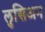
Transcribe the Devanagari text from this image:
लुसिअन